Insane asylums in Bengal annual reports 1867-1875 - 1867-1875
Year: 1867
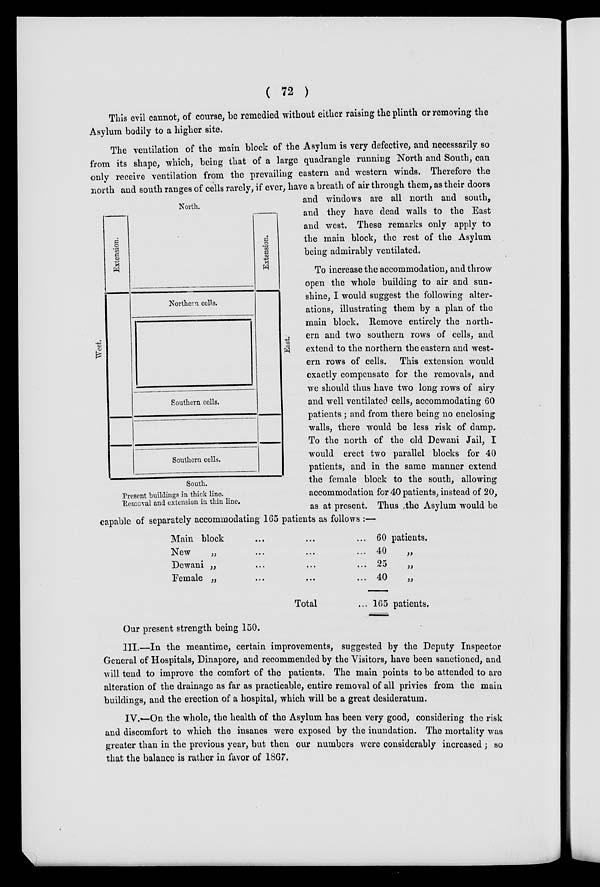
( 72 )
This evil cannot, of course, be remedied without either raising the plinth or removing the
Asylum bodily to a higher site.
South.
Present buildings in thick line.
"Removal and extension in thin line.
The ventilation of the main block of the Asylum is very defective, and necessarily so
from its shape, which, being that of a large quadrangle running North and South, can
only receive ventilation from the prevailing eastern and western winds. Therefore the
north and south ranges of cells rarely, if ever, have a breath of air through them, as their doors
and windows are all north and south,
and they have dead walls to the East
and west. These remarks only apply to
the main block, the rest of the Asylum
being admirably ventilated.
To increase the accommodation, and throw
open the whole building to air and sun-
shine, I would suggest the following alter-
ations, illustrating them by a plan of the
main block. Remove entirely the north-
ern and two southern rows of cells, and
extend to the northern the eastern and west-
ern rows of cells. This extension would
exactly compensate for the removals, and
we should thus have two long rows of airy
and well ventilated cells, accommodating 60
patients ; and from there being no enclosing
walls, there would be less risk of damp.
To the north of the old Dewani Jail, I
would erect two parallel blocks for 40
patients, and in the same manner extend
the female block to the south, allowing
accommodation for 40 patients, instead of 20,
as at present. Thus the Asylum would be
capable of separately accommodating 165 patients as follows :—
Main block ... ... ...
New „ ... ... ...
Dewani „ ... ... ...
Female „ ... ... ...
Total ...
60 patients.
40
„
25
„
40
„
165 patients.
Our present strength being 150.
III.—In the meantime, certain improvements, suggested by the Deputy Inspector
General of Hospitals, Dinapore, and recommended by the Visitors, have been sanctioned, and
will tend to improve the comfort of the patients. The main points to be attended to are
alteration of the drainage as far as practicable, entire removal of all privies from the main
buildings, and the erection of a hospital, which will be a great desideratum.
IV.—On the whole, the health of the Asylum has been very good, considering the risk
and discomfort to which the insanes were exposed by the inundation. The mortality was
greater than in the previous year, but then our numbers were considerably increased , so
that the balance is rather in favor of 1867.